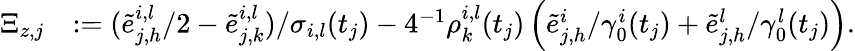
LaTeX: \begin{array}{rl}{\Xi_{z,j}}&{:=(\tilde{e}_{j,h}^{i,l}/2-\tilde{e}_{j,k}^{i,l})/\sigma_{i,l}(t_{j})-4^{-1}\rho_{k}^{i,l}(t_{j})\left(\tilde{e}_{j,h}^{i}/\gamma_{0}^{i}(t_{j})+\tilde{e}_{j,h}^{l}/\gamma_{0}^{l}(t_{j})\right).}\end{array}